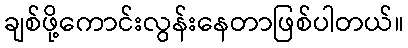
ချစ်ဖို့ကောင်းလွန်းနေတာဖြစ်ပါတယ်။